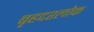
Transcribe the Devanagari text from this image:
बृहदश्लोक